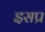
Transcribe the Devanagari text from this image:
इसप्र